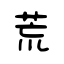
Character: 荒